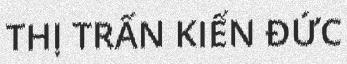
THỊ TRẤN KIẾN ĐỨC